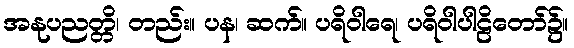
အနုပညတ္တိ၊ တည်း။ ပန၊ ဆက်။ ပရိဝါရေ၊ ပရိဝါပါဠိတော်၌။